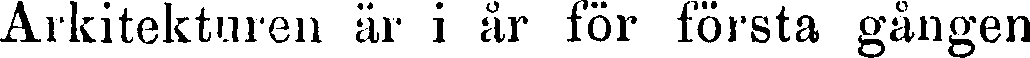
Arkitekturen är i år för första gången